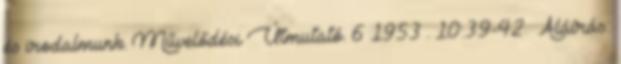
és irodalmunk. Művelődési Útmutató. 6 1953 . 10:39-42. Aláírás: